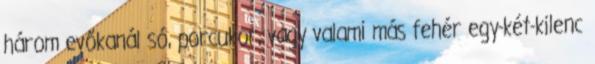
három evőkanál só, porcukor, vagy valami más fehér egy-két-kilenc